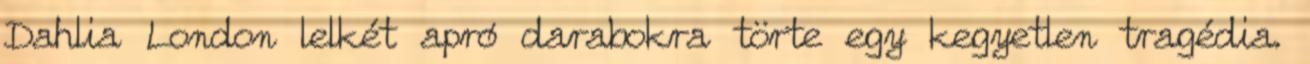
Dahlia London lelkét apró darabokra törte egy kegyetlen tragédia.